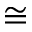
\cong